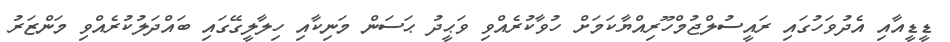
ޑީޑީއާއި އެދުވަހުގައި ރައީސުލްޖުމްހޫރިއްޔާކަމަށް ހުވާކުރެއްވި ވަޙީދު ޙަސަން މަނިކާއި ހިލާލީގޭގައި ބައްދަލުކުރެއްވި މަންޒަރު